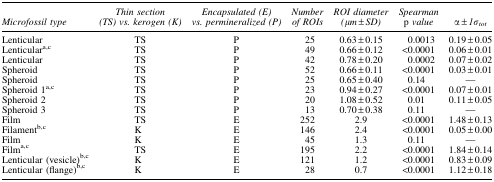
<table><thead><tr><td><b><i>Microfossil type</i></b></td><td><b><i>Thin section (TS) vs. kerogen (K)</i></b></td><td><b><i>Encapsulated (E) vs. permineralized (P)</i></b></td><td><b><i>Number of ROIs</i></b></td><td><b><i>ROI diameter (μm ± SD)</i></b></td><td><b><i>Spearman</i> p <i>value</i></b></td><td><b>α<i> ± 1σ<sub>tot</sub></i></b></td></tr></thead><tbody><tr><td>Lenticular</td><td>TS</td><td>P</td><td>25</td><td>0.63 ± 0.15</td><td>0.0013</td><td>0.19 ± 0.05</td></tr><tr><td>Lenticular<sup>a,c</sup></td><td>TS</td><td>P</td><td>49</td><td>0.66 ± 0.12</td><td>&lt;0.0001</td><td>0.06 ± 0.01</td></tr><tr><td>Lenticular</td><td>TS</td><td>P</td><td>42</td><td>0.78 ± 0.20</td><td>0.0002</td><td>0.07 ± 0.02</td></tr><tr><td>Spheroid</td><td>TS</td><td>P</td><td>52</td><td>0.66 ± 0.11</td><td>&lt;0.0001</td><td>0.03 ± 0.01</td></tr><tr><td>Spheroid</td><td>TS</td><td>P</td><td>25</td><td>0.65 ± 0.40</td><td>0.14</td><td>—</td></tr><tr><td>Spheroid 1<sup>a,c</sup></td><td>TS</td><td>P</td><td>23</td><td>0.94 ± 0.27</td><td>&lt;0.0001</td><td>0.07 ± 0.01</td></tr><tr><td>Spheroid 2</td><td>TS</td><td>P</td><td>20</td><td>1.08 ± 0.52</td><td>0.01</td><td>0.11 ± 0.05</td></tr><tr><td>Spheroid 3</td><td>TS</td><td>P</td><td>13</td><td>0.70 ± 0.38</td><td>0.11</td><td>—</td></tr><tr><td>Film</td><td>TS</td><td>E</td><td>252</td><td>2.9</td><td>&lt;0.0001</td><td>1.48 ± 0.13</td></tr><tr><td>Filament<sup>b,c</sup></td><td>K</td><td>E</td><td>146</td><td>2.4</td><td>&lt;0.0001</td><td>0.05 ± 0.00</td></tr><tr><td>Film</td><td>K</td><td>E</td><td>45</td><td>1.3</td><td>0.11</td><td>—</td></tr><tr><td>Film<sup>a,c</sup></td><td>TS</td><td>E</td><td>195</td><td>2.2</td><td>&lt;0.0001</td><td>1.84 ± 0.14</td></tr><tr><td>Lenticular (vesicle)<sup>b,c</sup></td><td>K</td><td>E</td><td>121</td><td>1.2</td><td>&lt;0.0001</td><td>0.83 ± 0.09</td></tr><tr><td>Lenticular (flange)<sup>b,c</sup></td><td>K</td><td>E</td><td>28</td><td>0.7</td><td>&lt;0.0001</td><td>1.12 ± 0.18</td></tr></tbody></table>